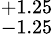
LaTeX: ^{+1.25}_{-1.25}